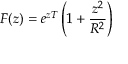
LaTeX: F ( z ) = e ^ { z T } \left( 1 + { \frac { z ^ { 2 } } { R ^ { 2 } } } \right)